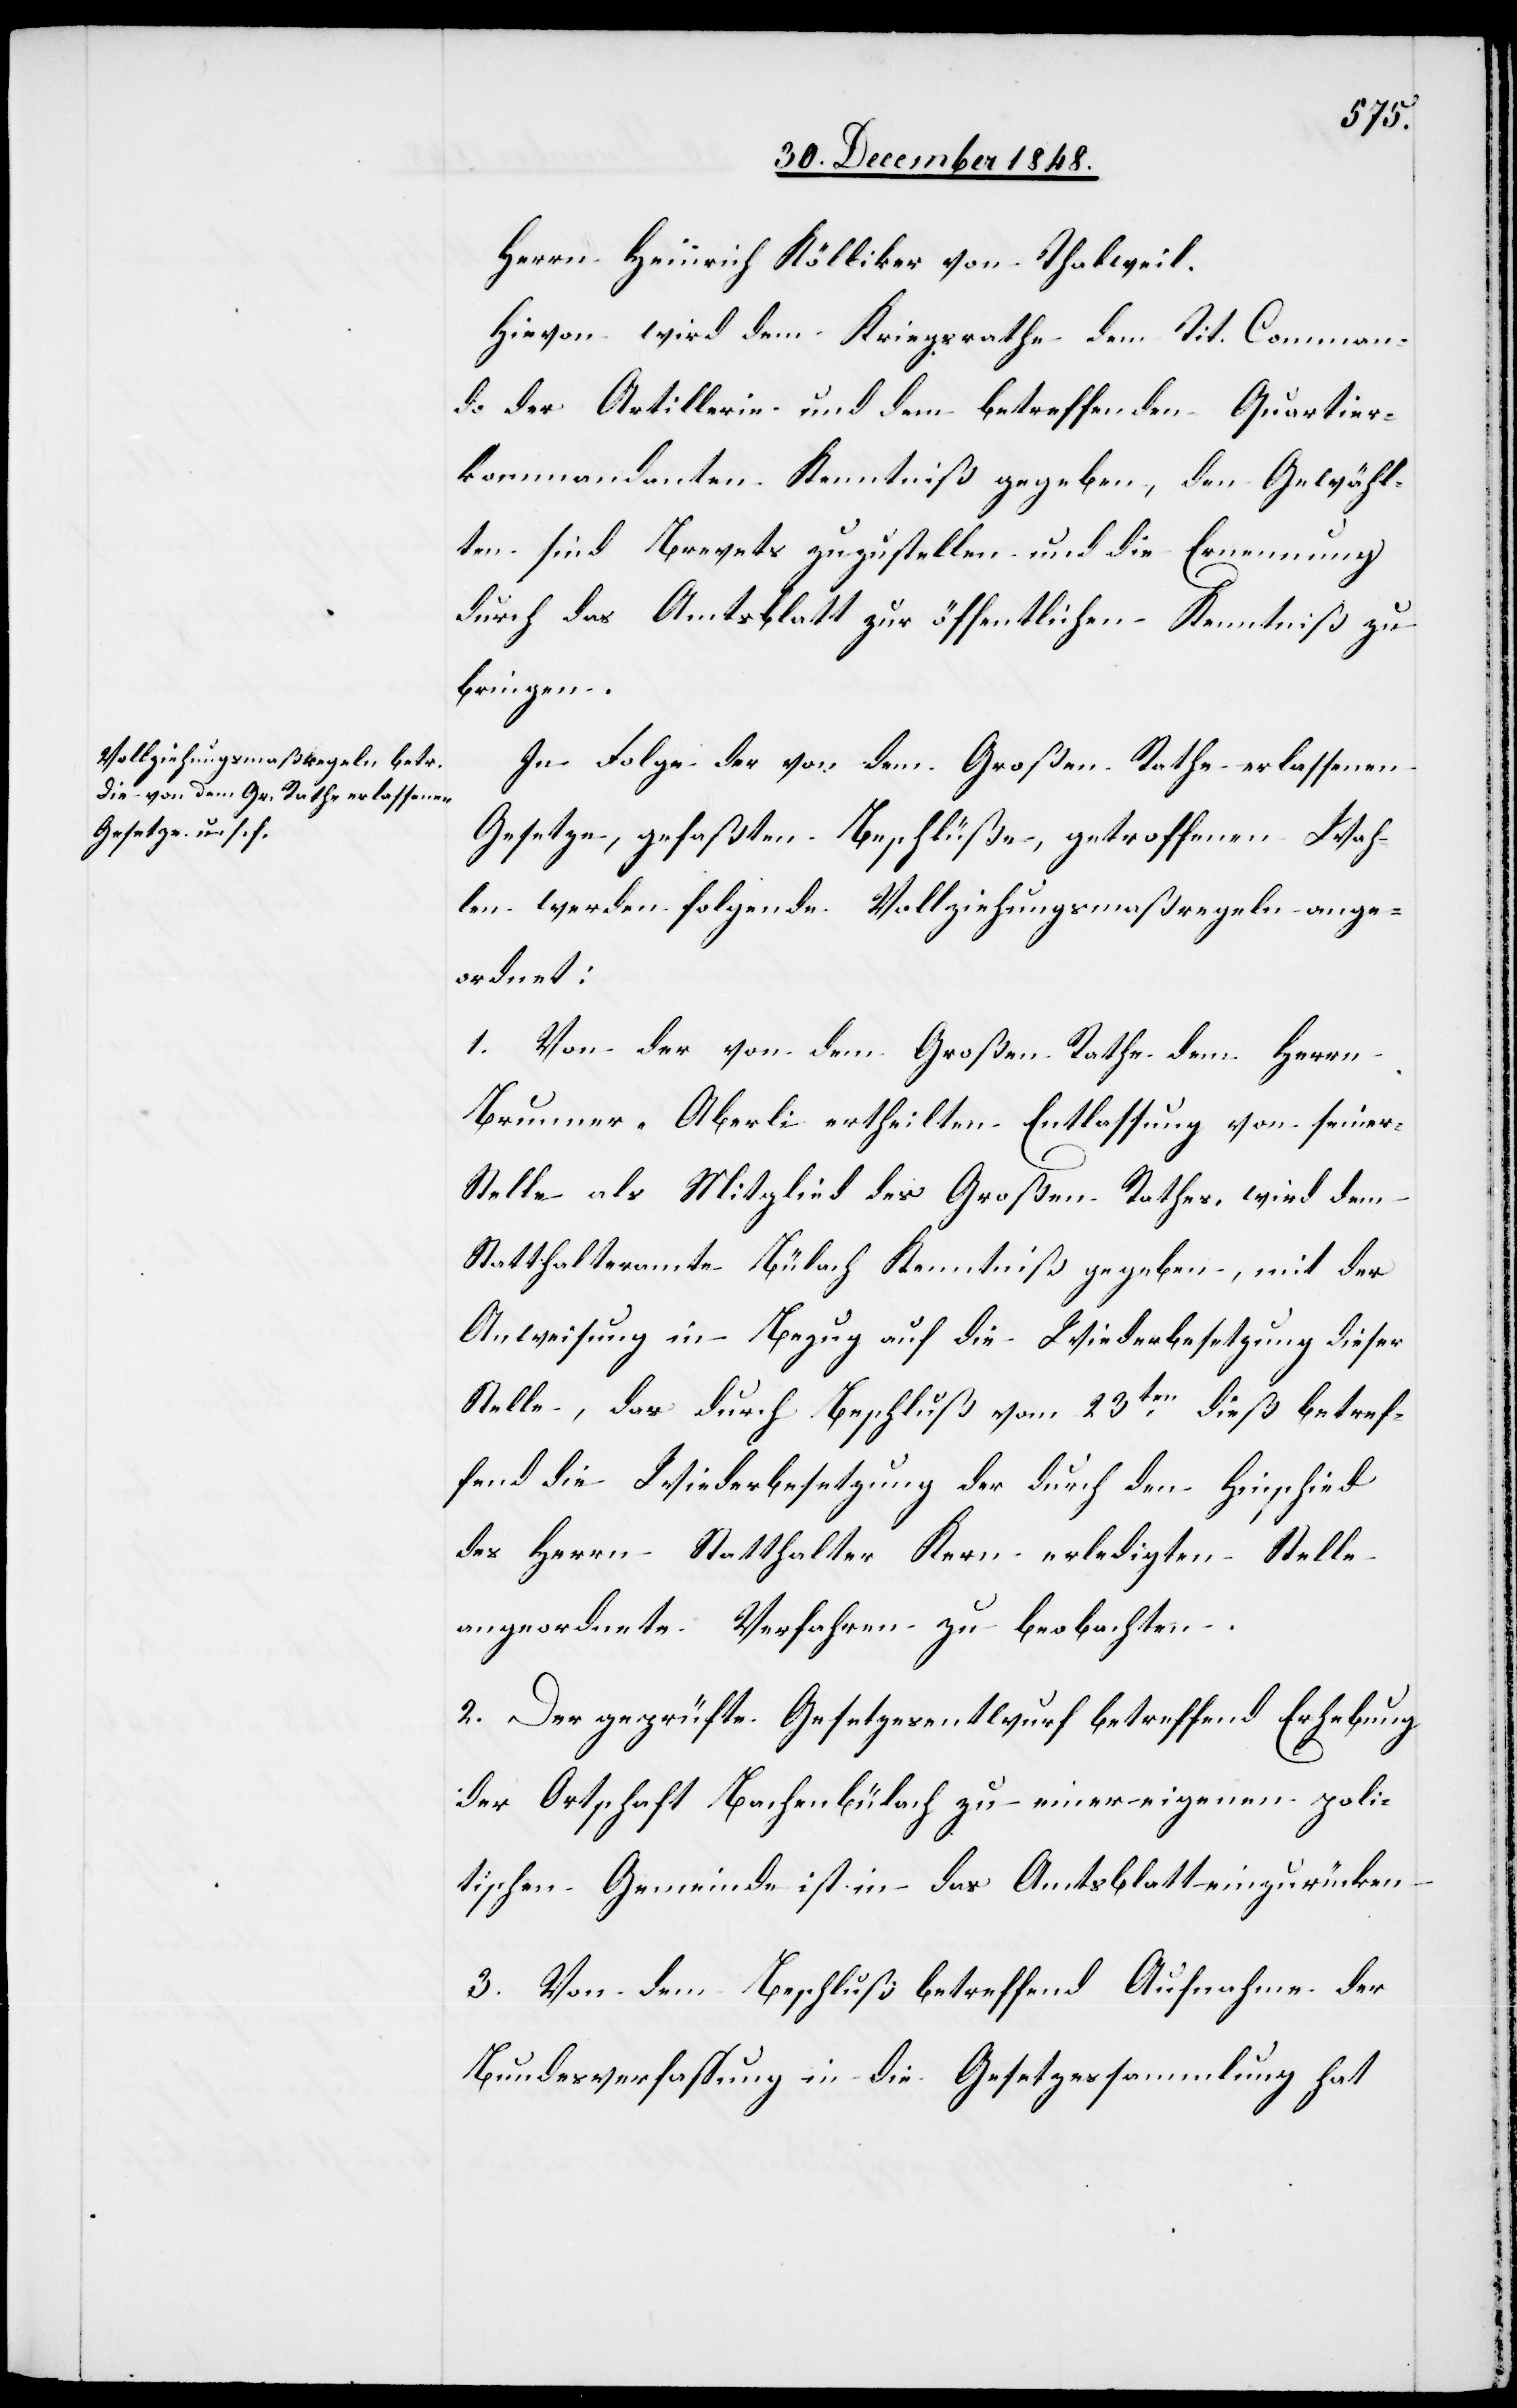
Herrn Heinrich Kölliker von Thalweil.
Hievon wird dem Kriegsrathe dem Tit. Comman¬
do der Artillerie und dem betreffenden Quartier¬
kommandanten Kenntniß gegeben, den Gewähl¬
ten sind Brevets zuzustellen und die Ernennung
durch das Amtsblatt zur öffentlichen Kenntniß zu
bringen.
In Folge der von dem Großen Rathe erlassenen
Gesetze, gefaßten Beschlüße, getroffenen Wah¬
len werden folgende Vollziehungsmaßregeln ange¬
ordnet:
1. Von der von dem Großen Rathe dem Herrn
Brunner-Aberli ertheilten Entlassung von seiner
Stelle als Mitglied des Großen Rathes, wird dem
Statthalteramte Bülach Kenntniß gegeben, mit der
Anweisung in Bezug auf die Wiederbesetzung dieser
Stelle, das durch Beschluß vom 23ten dieß betref¬
fend die Wiederbesetzung der durch den Hinschied
des Herrn Statthalter Kern erledigten Stelle
angeordnete Verfahren zu beobachten.
2. Der geprüfte Gesetzesentwurf betreffend Erhebung
der Ortschaft Bachenbülach zu einer eigenen poli¬
tischen Gemeinde ist in das Amtsblatt einzurücken.
3. Von dem Beschluß betreffend Aufnahme der
Bundesverfassung in die Gesetzessammlung hat